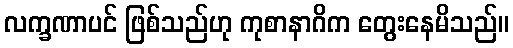
လက္ခဏာပင် ဖြစ်သည်ဟု ကုစာနာဂိက တွေးနေမိသည်။